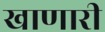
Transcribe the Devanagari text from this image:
खाणारी